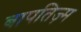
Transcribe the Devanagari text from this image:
बापतिज़्म